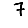
Digit: 7